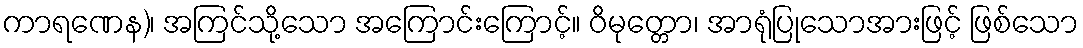
ကာရဏေန)၊ အကြင်သို့သော အကြောင်းကြောင့်။ ဝိမုတ္တော၊ အာရုံပြုသောအားဖြင့် ဖြစ်သော